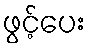
ဖွင့်ပေး